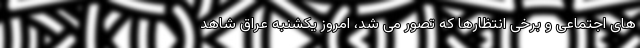
های اجتماعی و برخی انتظارها که تصور می شد، امروز یکشنبه عراق شاهد